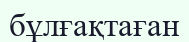
бұлғақтаған